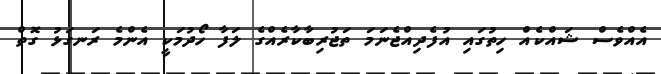
އެއްވެސް ޝައްކެއް ހިތުގައި އުފެދިއްޖެނަމަ ތަޖުރިބާކާރެއްގެ ލަފާ ހޯދުމަކީ އެންމެ ރަނގަޅު ގޮތް